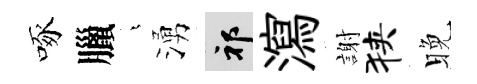
啄臘燁湧祁瀉謝狭晚